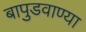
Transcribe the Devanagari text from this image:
बापुडवाण्या